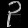
Digit: ၃